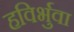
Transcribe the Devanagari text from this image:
हविर्भुवा